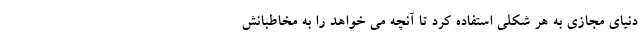
دنیای مجازی به هر شکلی استفاده کرد تا آنچه می خواهد را به مخاطبانش